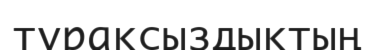
түрақсыздықтың